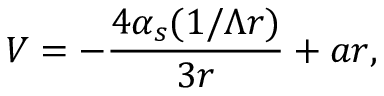
V = - { \frac { 4 \alpha _ { s } ( 1 / \Lambda r ) } { 3 r } } + a r ,